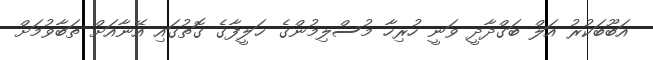
އަބޫބަކުރު އަލް ބަގްދާދީ ވަނީ ހުރިހާ މުސްލިމުންގެ ޚަލީފާގެ ގޮތުގައި އޭނާއަށް ތަބާވުމަށް